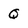
Character: Q